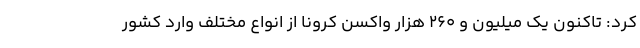
کرد: تاکنون یک میلیون و ۲۶۰ هزار واکسن کرونا از انواع مختلف وارد کشور